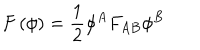
LaTeX: F \left( \phi \right) = \frac { 1 } { 2 } \phi ^ { A } F _ { A B } \phi ^ { B }